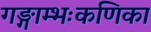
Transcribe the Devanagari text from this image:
गङ्गाम्भःकणिका